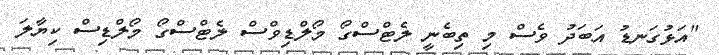
"އަޅުގަނޑު އަބަދު ވެސް މި ތިބެނީ ލެޓްސްގޯ މޯލްޑިވްސް ލެޓްސްގޯ މޯލްޑިސް ކިޔާލަ